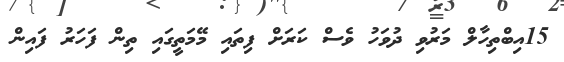
15އިބްތިހާލް މަރުވި ދުވަހު ވެސް ކަރަށް ފިތައި މޭމަތީގައި ތިން ފަހަރު ފައިން